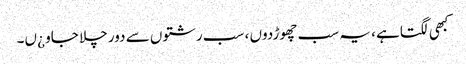
کبھی لگتاہے ، یہ سب چھوڑدوں ، سب رشتوں سے دور چلا جاو ¿ں۔